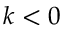
k < 0